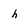
Character: h